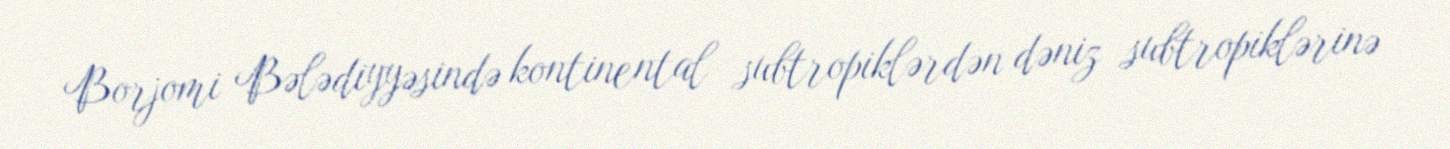
Borjomi Bələdiyyəsində kontinental subtropiklərdən dəniz subtropiklərinə